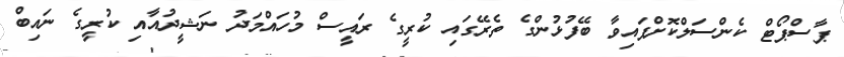
ޕާސްޕޯޓް ކެންސަލްކޮށްފައިވާ ބޭފުޅުންގެ ތެރޭގައި ކުރީގެ ރައީސް މުހައްމަދު ނަޝީދުއާއި ކުރީގެ ނައިބް